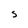
Character: S